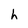
Character: h